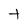
Character: t